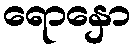
ရောနှော